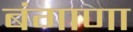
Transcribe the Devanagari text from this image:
बंगाणा